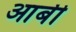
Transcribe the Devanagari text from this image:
आबी